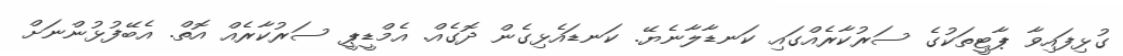
ގުޅިފައިވާ ޕާޓީތަކުގެ ސަރުކާރެއްގައި ކަނޑާލާނެޔޭ. ކަނޑައެޅިގެން ދޮގެއް. އެމްޑީޕީ ސަރުކާރެއް އޮތް. އެބޭފުޅުންނަށް